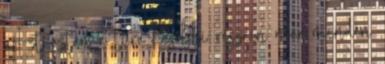
: Ezt aztán a túra későbbi részein már minden